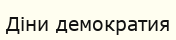
Діни демократия